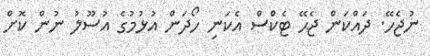
ނުޖެހޭ. ދައްކަން ޖެޙޭ ޓެކްސް އެކަނި ހޯދަން އުޅުމުގެ އުސޫލު ނުން ކޮށް